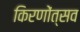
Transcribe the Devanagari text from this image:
किरणोंत्सव